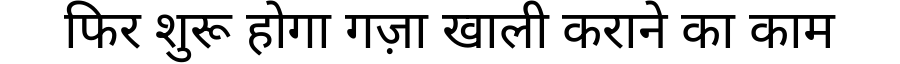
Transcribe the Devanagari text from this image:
फिर शुरू होगा गज़ा खाली कराने का काम